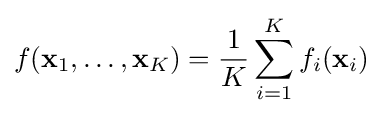
f(\mathbf {x} _{1},\dots ,\mathbf {x} _{K})={\dfrac {1}{K}}\sum _{i=1}^{K}f_{i}(\mathbf {x} _{i})